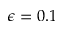
\epsilon = 0 . 1